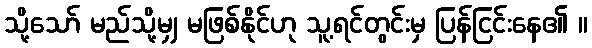
သို့သော် မည်သို့မျှ မဖြစ်နိုင်ဟု သူ့ရင်တွင်းမှ ပြန်ငြင်းနေ၏ ။